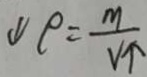
\downarrow P = \frac { m } { V \uparrow }